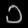
Digit: ၁